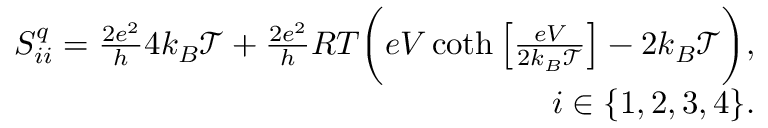
\begin{array} { r } { S _ { i i } ^ { q } = \frac { 2 e ^ { 2 } } { h } 4 k _ { B } \mathcal { T } + \frac { 2 e ^ { 2 } } { h } R T \bigg ( e V \coth \left[ \frac { e V } { 2 k _ { B } \mathcal { T } } \right] - 2 k _ { B } \mathcal { T } \bigg ) , } \\ { i \in \{ 1 , 2 , 3 , 4 \} . } \end{array}